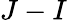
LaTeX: J-I